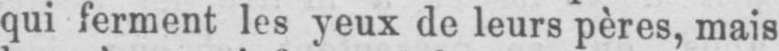
qui ferment les yeux de leurs pères, mais